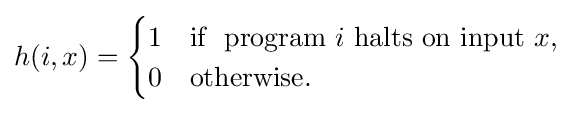
h(i,x)={\begin{cases}1&{\text{if }}{\text{  program }}i{\text{ halts on input }}x,\\0&{\text{otherwise.}}\end{cases}}